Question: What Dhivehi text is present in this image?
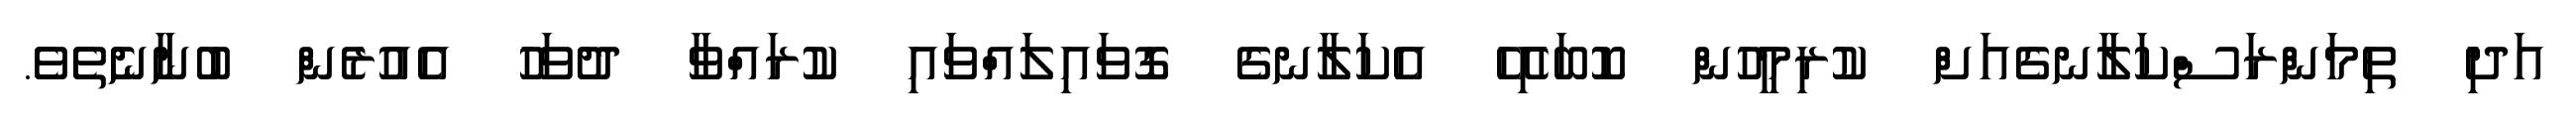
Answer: އަދި ތިމަންރަސްކަލާނގެއަށް ކުރިމީހުން ކޮބައިހޭ އެކަލާނގެ ގޮވައިލައްވައި ކުރައްވާ ދުވަހު އެއުރެން ބުނާނެތެވެ.